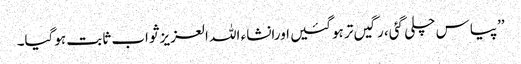
’’پیاس چلی گئی، رگیں تر ہوگئیں اورانشاء اللہ العزیز ثواب ثابت ہوگیا۔